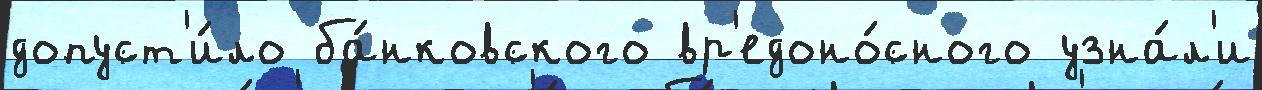
допуст'и́ло ба́нковского вр'едоно́сного узна́л'и